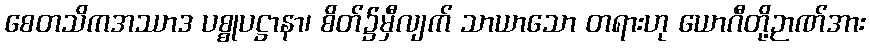
စေတသိကအဿာဒ ပစ္စုပဋ္ဌာနာ၊ စိတ်၌မှီလျက် သာယာသော တရားဟု ယောဂီတို့ဉာဏ်အား